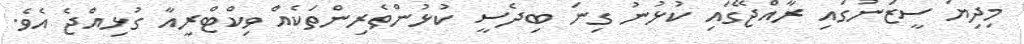
މިދިޔަ ސީޒަނުގައި ރާއްޖޭގައި ކުޅުނު ގިނަ ބިދެސީ ކުޅުންތެރިންތަކެއް ވިކްޓްރީއާ ގުޅިއްޖެ އެވެ.